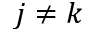
j \neq k